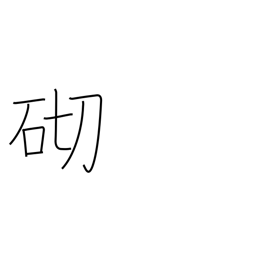
Meaning: occasion